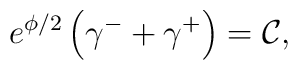
e^{\phi /2}\left( \gamma ^{-}+\gamma ^{+}\right) =\mathcal{C},